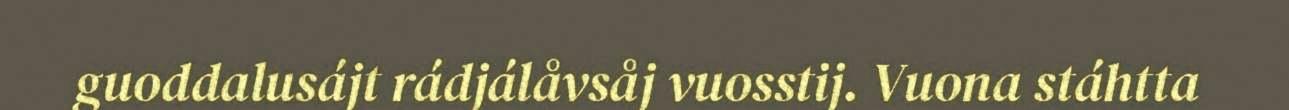
guoddalusájt rádjálåvsåj vuosstij. Vuona stáhtta